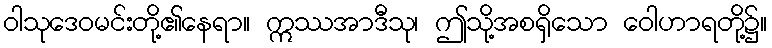
ဝါသုဒေဝမင်းတို့၏နေရာ။ ဣဿအာဒီသု၊ ဤသို့အစရှိသော ဝေါဟာရတို့၌။